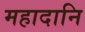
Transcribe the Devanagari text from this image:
महादानि